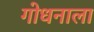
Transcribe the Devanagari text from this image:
गोधनाला